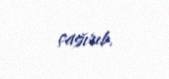
çağırıb.